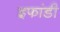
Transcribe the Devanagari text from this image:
इफांडी